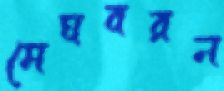
মেঘবরন